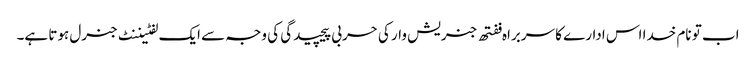
اب تو نام خدا اس ادارے کا سربراہ ففتھ جنریش وار کی حربی پیچیدگی کی وجہ سے ایک لفٹیننٹ جنرل ہوتا ہے۔